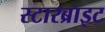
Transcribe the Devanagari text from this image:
स्टारब्राइट